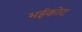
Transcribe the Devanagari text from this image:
भईकोट